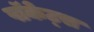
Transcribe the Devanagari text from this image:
पॉकेट्स